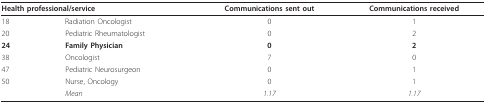
<table><thead><tr><td colspan="2"><b>Health professional/service</b></td><td><b>Communications sent out</b></td><td><b>Communications received</b></td></tr></thead><tbody><tr><td>18</td><td>Radiation Oncologist</td><td>0</td><td>1</td></tr><tr><td>20</td><td>Pediatric Rheumatologist</td><td>0</td><td>2</td></tr><tr><td><b>24</b></td><td><b>Family Physician</b></td><td><b>0</b></td><td><b>2</b></td></tr><tr><td>38</td><td>Oncologist</td><td>7</td><td>0</td></tr><tr><td>47</td><td>Pediatric Neurosurgeon</td><td>0</td><td>1</td></tr><tr><td>50</td><td>Nurse, Oncology</td><td>0</td><td>1</td></tr><tr><td></td><td><i>Mean</i></td><td><i>1.17</i></td><td><i>1.17</i></td></tr></tbody></table>